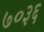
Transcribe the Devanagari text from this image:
७०३६